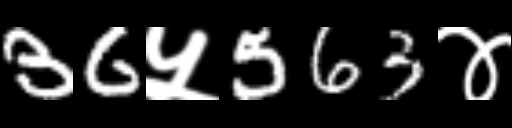
Text: 36५563४